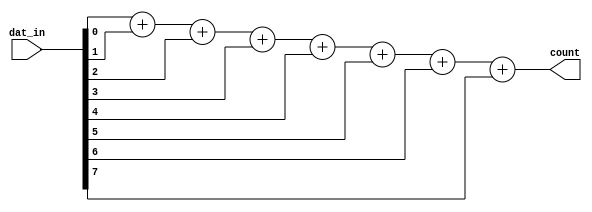

`timescale 10ns / 1ns
module ones_count(output [3:0] count,input [7:0] dat_in);
  
  assign count = dat_in[0] + dat_in[1] + dat_in[2] + dat_in[3] + dat_in[4] + dat_in[5] + dat_in[6] + dat_in[7];
                
endmodule